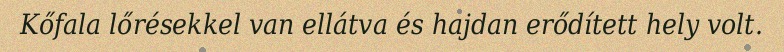
Kőfala lőrésekkel van ellátva és hajdan erődített hely volt.